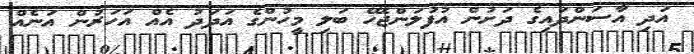
އަދި އާސަންދައިގެ ދަށުން އުފުލަންޖެހޭ ބަލި މީހުންގެ އަދަދު އެއް އަހަރުން އަނެއް